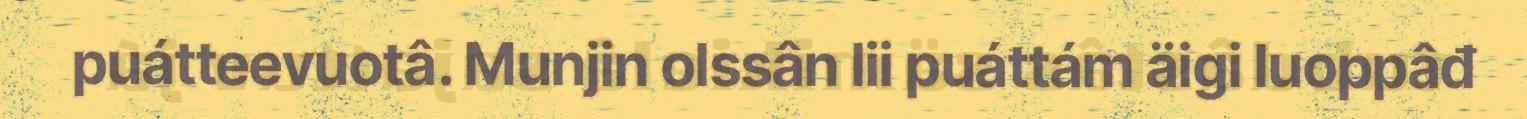
puátteevuotâ. Munjin olssân lii puáttám äigi luoppâđ